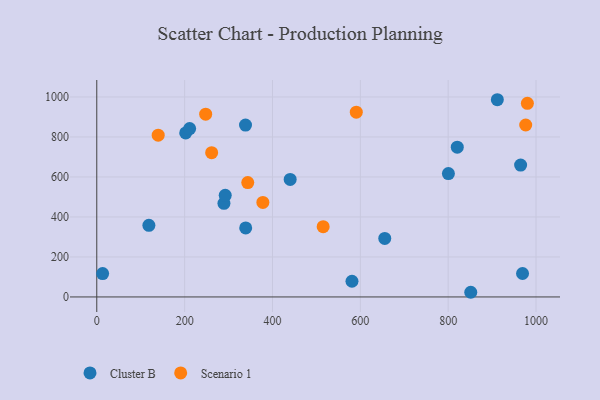
{"axis": {"x": "Ad Spend", "y": "Rating"}, "legend": ["Cluster B", "Scenario 1"], "data": [{"x": "13.3", "y": 116.8, "type": "Cluster B"}, {"x": "289.5", "y": 468.3, "type": "Cluster B"}, {"x": "851.4", "y": 23.4, "type": "Cluster B"}, {"x": "440.3", "y": 587.6, "type": "Cluster B"}, {"x": "292.4", "y": 508.2, "type": "Cluster B"}, {"x": "969.3", "y": 117.3, "type": "Cluster B"}, {"x": "581.0", "y": 78.6, "type": "Cluster B"}, {"x": "911.9", "y": 986.2, "type": "Cluster B"}, {"x": "202.4", "y": 820.4, "type": "Cluster B"}, {"x": "339.0", "y": 345.1, "type": "Cluster B"}, {"x": "118.6", "y": 358.0, "type": "Cluster B"}, {"x": "655.6", "y": 292.9, "type": "Cluster B"}, {"x": "211.4", "y": 841.7, "type": "Cluster B"}, {"x": "964.9", "y": 659.3, "type": "Cluster B"}, {"x": "820.7", "y": 749.1, "type": "Cluster B"}, {"x": "800.5", "y": 616.8, "type": "Cluster B"}, {"x": "338.6", "y": 859.6, "type": "Cluster B"}, {"x": "261.5", "y": 721.2, "type": "Scenario 1"}, {"x": "980.3", "y": 968.2, "type": "Scenario 1"}, {"x": "247.9", "y": 913.7, "type": "Scenario 1"}, {"x": "343.7", "y": 571.8, "type": "Scenario 1"}, {"x": "590.8", "y": 923.8, "type": "Scenario 1"}, {"x": "976.5", "y": 859.7, "type": "Scenario 1"}, {"x": "515.4", "y": 351.2, "type": "Scenario 1"}, {"x": "378.1", "y": 472.9, "type": "Scenario 1"}, {"x": "139.8", "y": 808.8, "type": "Scenario 1"}]}